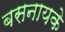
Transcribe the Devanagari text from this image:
बसनायके